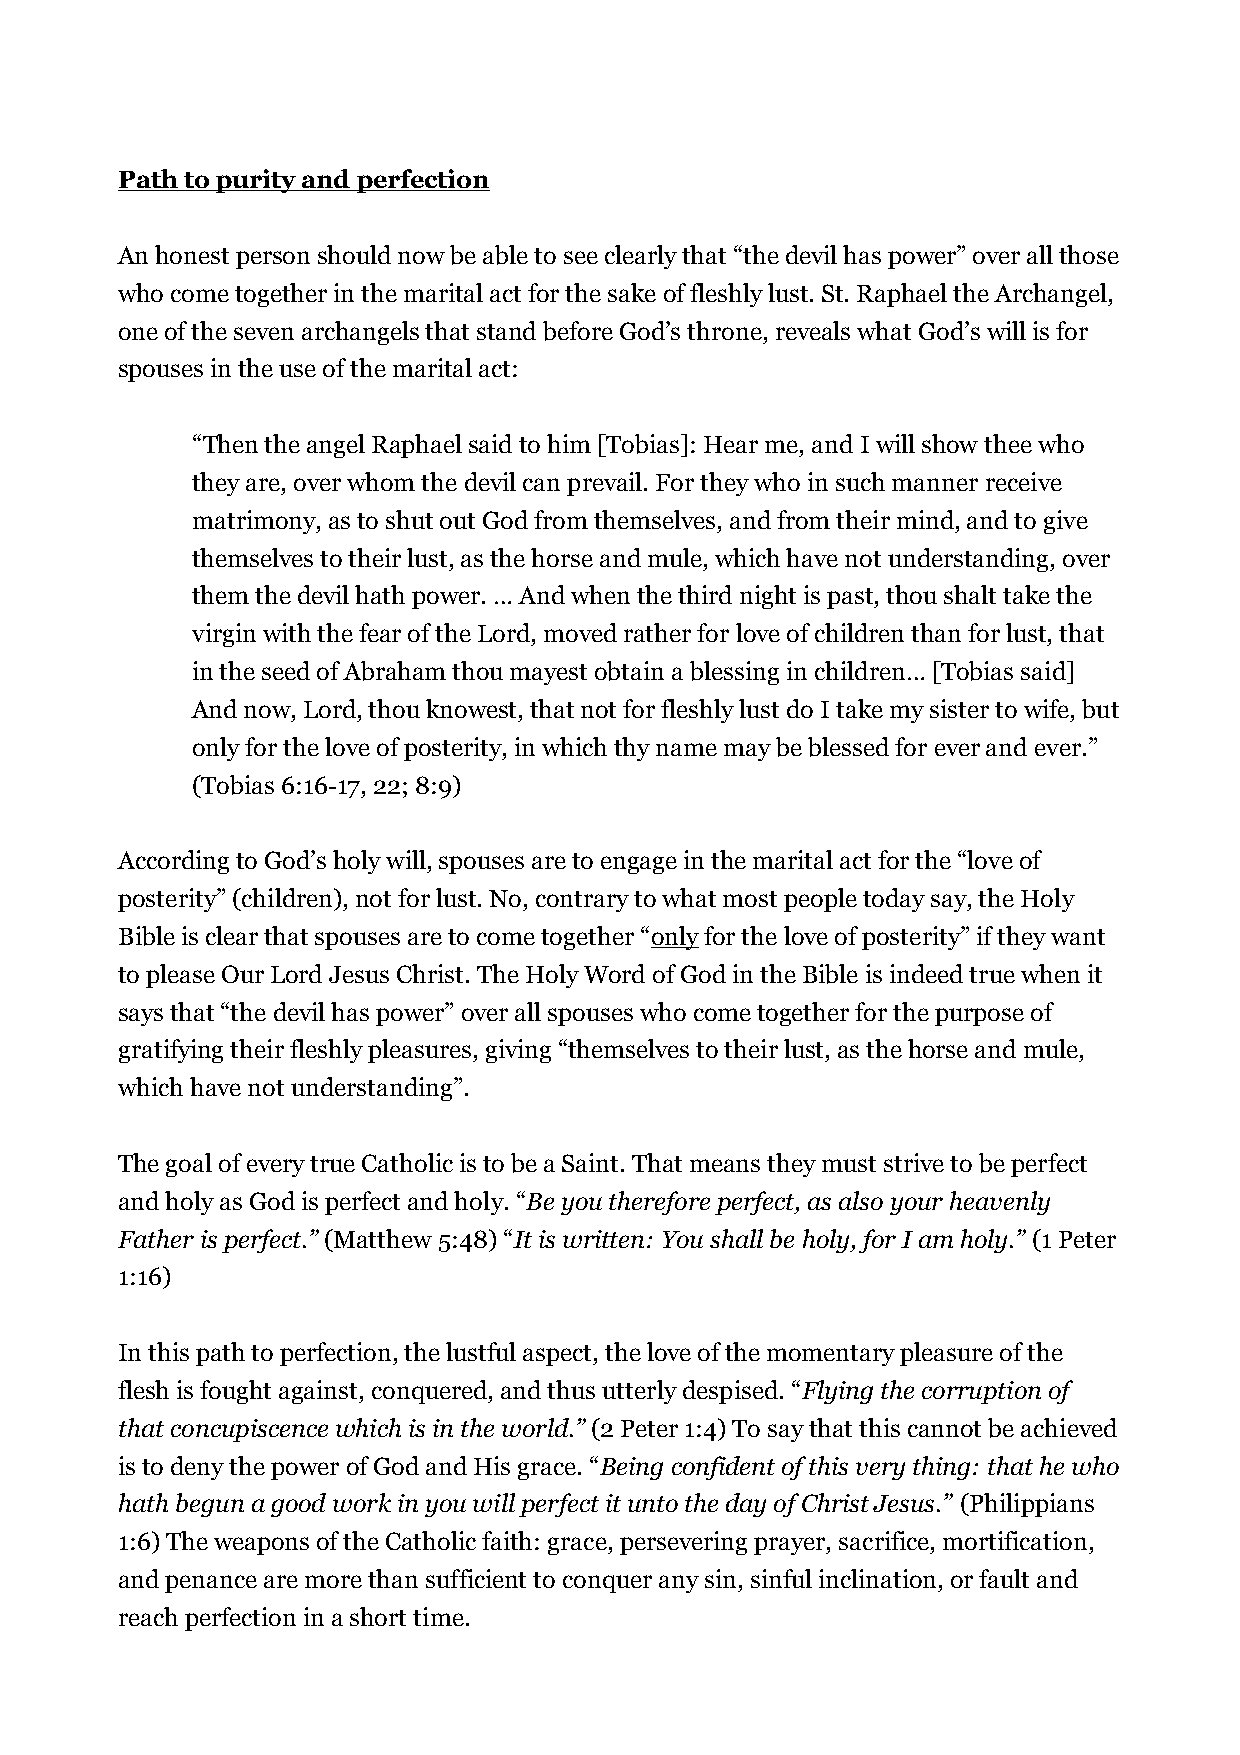
Path to purity and perfection
 An honest person should now be able to see clearly that “the devil has power” over all those
 who come together in the marital act for the sake of fleshly lust. St. Raphael the Archangel,
 one of the seven archangels that stand before God’s throne, reveals what God’s will is for
 spouses in the use of the marital act:
 “Then the angel Raphael said to him [Tobias]: Hear me, and I will show thee who
 they are, over whom the devil can prevail. For they who in such manner receive
 matrimony, as to shut out God from themselves, and from their mind, and to give
 themselves to their lust, as the horse and mule, which have not understanding, over
 them the devil hath power. … And when the third night is past, thou shalt take the
 virgin with the fear of the Lord, moved rather for love of children than for lust, that
 in the seed of Abraham thou mayest obtain a blessing in children… [Tobias said]
 And now, Lord, thou knowest, that not for fleshly lust do I take my sister to wife, but
 only for the love of posterity, in which thy name may be blessed for ever and ever.”
 (Tobias 6:16-17, 22; 8:9)
 According to God’s holy will, spouses are to engage in the marital act for the “love of
 posterity” (children), not for lust. No, contrary to what most people today say, the Holy
 Bible is clear that spouses are to come together “only for the love of posterity” if they want
 to please Our Lord Jesus Christ. The Holy Word of God in the Bible is indeed true when it
 says that “the devil has power” over all spouses who come together for the purpose of
 gratifying their fleshly pleasures, giving “themselves to their lust, as the horse and mule,
 which have not understanding”.
 The goal of every true Catholic is to be a Saint. That means they must strive to be perfect
 and holy as God is perfect and holy. “Be you therefore perfect, as also your heavenly
 Father is perfect.” (Matthew 5:48) “It is written: You shall be holy, for I am holy.” (1 Peter
 1:16)
 In this path to perfection, the lustful aspect, the love of the momentary pleasure of the
 flesh is fought against, conquered, and thus utterly despised. “Flying the corruption of
 that concupiscence which is in the world.” (2 Peter 1:4) To say that this cannot be achieved
 is to deny the power of God and His grace. “Being confident of this very thing: that he who
 hath begun a good work in you will perfect it unto the day of Christ Jesus.” (Philippians
 1:6) The weapons of the Catholic faith: grace, persevering prayer, sacrifice, mortification,
 and penance are more than sufficient to conquer any sin, sinful inclination, or fault and
 reach perfection in a short time.